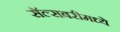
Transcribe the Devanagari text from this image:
सॅल्सबरीमध्ये